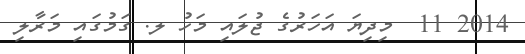
2014 11  މިދިޔަ އަހަރުގެ ޖުލައި މަހު ލ. ގަމުގައި މަރާލި